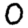
Digit: 0